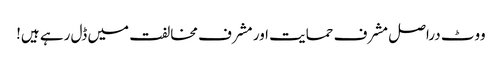
ووٹ دراصل مشرف حمایت اور مشرف مخالفت میں ڈل رہے ہیں!